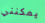
يمكنني